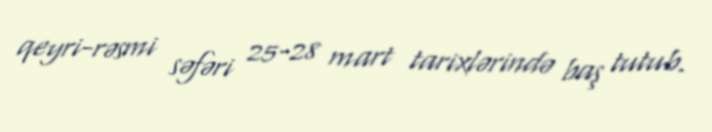
qeyri-rəsmi səfəri 25-28 mart tarixlərində baş tutub.